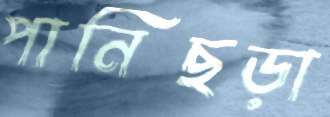
পানিছড়া